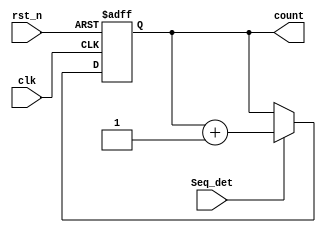
module Count(
    input rst_n,
    input clk,
    input Seq_det,
    output reg [2:0] count);
    
    initial count = 0;  

    always@(posedge clk or negedge rst_n)
    begin
        if(~rst_n) count <= 4'b0;
        else if(Seq_det) count <= count + 1;
    end
endmodule